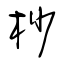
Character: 杪